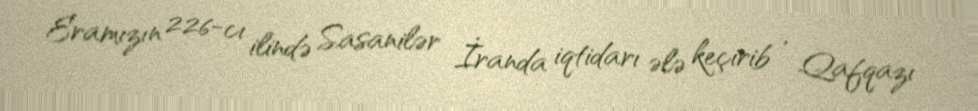
Eramızın 226-cı ilində Sasanilər İranda iqtidarı ələ keçirib , Qafqazı